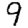
Digit: 9